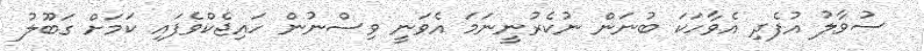
ސުވާލު އުފެދި އެވާހަކަ ބުނަން ނުކެރުނީނަމަ އެވަނީ ވިސްނުން ހައިޖެކްވެފައި ކަމަށް ގަބޫލު